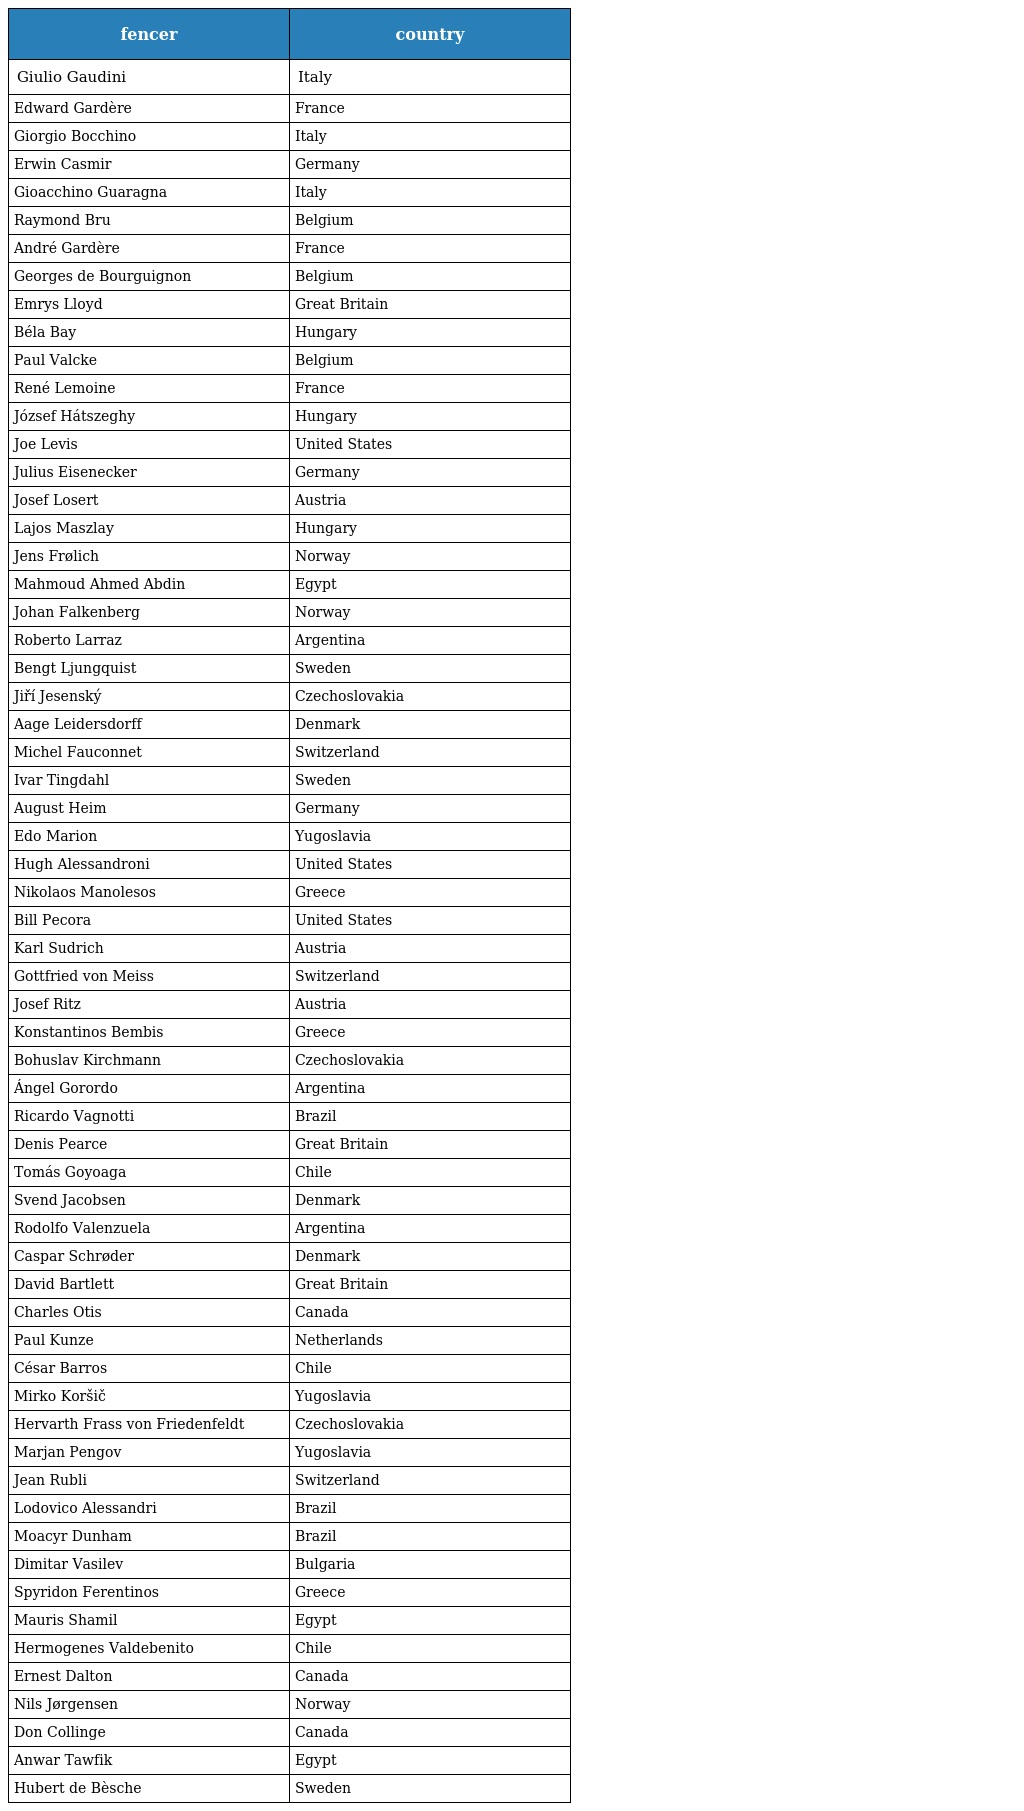
| fencer | country |
 | --- | --- |
 | Giulio Gaudini | Italy |
 | Edward Gardère | France |
 | Giorgio Bocchino | Italy |
 | Erwin Casmir | Germany |
 | Gioacchino Guaragna | Italy |
 | Raymond Bru | Belgium |
 | André Gardère | France |
 | Georges de Bourguignon | Belgium |
 | Emrys Lloyd | Great Britain |
 | Béla Bay | Hungary |
 | Paul Valcke | Belgium |
 | René Lemoine | France |
 | József Hátszeghy | Hungary |
 | Joe Levis | United States |
 | Julius Eisenecker | Germany |
 | Josef Losert | Austria |
 | Lajos Maszlay | Hungary |
 | Jens Frølich | Norway |
 | Mahmoud Ahmed Abdin | Egypt |
 | Johan Falkenberg | Norway |
 | Roberto Larraz | Argentina |
 | Bengt Ljungquist | Sweden |
 | Jiří Jesenský | Czechoslovakia |
 | Aage Leidersdorff | Denmark |
 | Michel Fauconnet | Switzerland |
 | Ivar Tingdahl | Sweden |
 | August Heim | Germany |
 | Edo Marion | Yugoslavia |
 | Hugh Alessandroni | United States |
 | Nikolaos Manolesos | Greece |
 | Bill Pecora | United States |
 | Karl Sudrich | Austria |
 | Gottfried von Meiss | Switzerland |
 | Josef Ritz | Austria |
 | Konstantinos Bembis | Greece |
 | Bohuslav Kirchmann | Czechoslovakia |
 | Ángel Gorordo | Argentina |
 | Ricardo Vagnotti | Brazil |
 | Denis Pearce | Great Britain |
 | Tomás Goyoaga | Chile |
 | Svend Jacobsen | Denmark |
 | Rodolfo Valenzuela | Argentina |
 | Caspar Schrøder | Denmark |
 | David Bartlett | Great Britain |
 | Charles Otis | Canada |
 | Paul Kunze | Netherlands |
 | César Barros | Chile |
 | Mirko Koršič | Yugoslavia |
 | Hervarth Frass von Friedenfeldt | Czechoslovakia |
 | Marjan Pengov | Yugoslavia |
 | Jean Rubli | Switzerland |
 | Lodovico Alessandri | Brazil |
 | Moacyr Dunham | Brazil |
 | Dimitar Vasilev | Bulgaria |
 | Spyridon Ferentinos | Greece |
 | Mauris Shamil | Egypt |
 | Hermogenes Valdebenito | Chile |
 | Ernest Dalton | Canada |
 | Nils Jørgensen | Norway |
 | Don Collinge | Canada |
 | Anwar Tawfik | Egypt |
 | Hubert de Bèsche | Sweden |